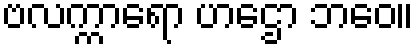
ဗလက္ကာရော ဟဌော ဘဝေ။